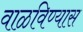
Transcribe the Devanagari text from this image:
वाळविण्यास